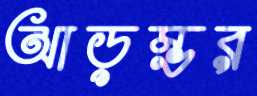
আড়ম্ভর